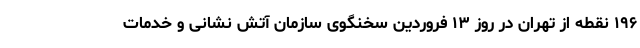
۱۹۶ نقطه از تهران در روز ۱۳ فروردین سخنگوی سازمان آتش نشانی و خدمات